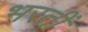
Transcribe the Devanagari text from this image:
भरतीं